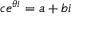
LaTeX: c e ^ { \theta i } = a + b i